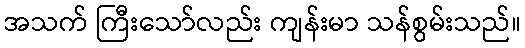
အသက် ကြီးသော်လည်း ကျန်းမာ သန်စွမ်းသည်။